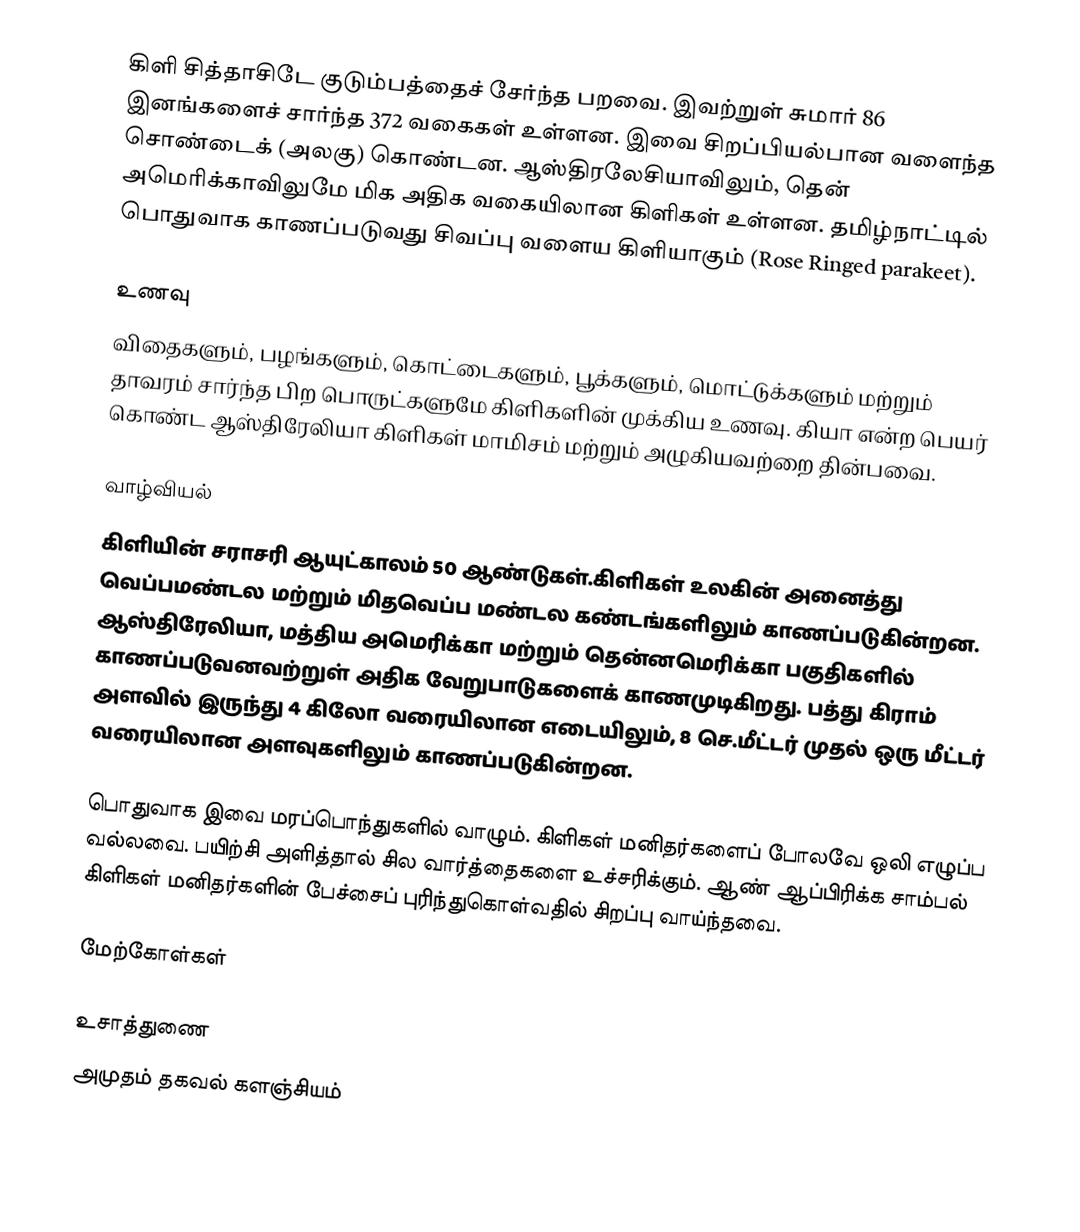
கிளி சித்தாசிடே குடும்பத்தைச் சேர்ந்த பறவை. இவற்றுள் சுமார் 86 இனங்களைச் சார்ந்த 372 வகைகள் உள்ளன. இவை சிறப்பியல்பான வளைந்த சொண்டைக் (அலகு) கொண்டன. ஆஸ்திரலேசியாவிலும், தென் அமெரிக்காவிலுமே மிக அதிக வகையிலான கிளிகள் உள்ளன. தமிழ்நாட்டில் பொதுவாக காணப்படுவது சிவப்பு வளைய கிளியாகும் (Rose Ringed parakeet).

உணவு
விதைகளும், பழங்களும், கொட்டைகளும், பூக்களும், மொட்டுக்களும் மற்றும் தாவரம் சார்ந்த பிற பொருட்களுமே கிளிகளின் முக்கிய உணவு. கியா என்ற பெயர் கொண்ட ஆஸ்திரேலியா கிளிகள் மாமிசம் மற்றும் அழுகியவற்றை தின்பவை.

வாழ்வியல்
கிளியின் சராசரி ஆயுட்காலம் 50 ஆண்டுகள்.கிளிகள் உலகின் அனைத்து வெப்பமண்டல மற்றும் மிதவெப்ப மண்டல கண்டங்களிலும் காணப்படுகின்றன. ஆஸ்திரேலியா, மத்திய அமெரிக்கா மற்றும் தென்னமெரிக்கா பகுதிகளில் காணப்படுவனவற்றுள் அதிக வேறுபாடுகளைக் காணமுடிகிறது. பத்து கிராம் அளவில் இருந்து 4 கிலோ வரையிலான எடையிலும், 8 செ.மீட்டர் முதல் ஒரு மீட்டர் வரையிலான அளவுகளிலும் காணப்படுகின்றன.

பொதுவாக இவை மரப்பொந்துகளில் வாழும். கிளிகள் மனிதர்களைப் போலவே ஒலி எழுப்ப வல்லவை. பயிற்சி அளித்தால் சில வார்த்தைகளை உச்சரிக்கும். ஆண் ஆப்பிரிக்க சாம்பல் கிளிகள் மனிதர்களின் பேச்சைப் புரிந்துகொள்வதில் சிறப்பு வாய்ந்தவை.

மேற்கோள்கள்

உசாத்துணை
 அமுதம் தகவல் களஞ்சியம்